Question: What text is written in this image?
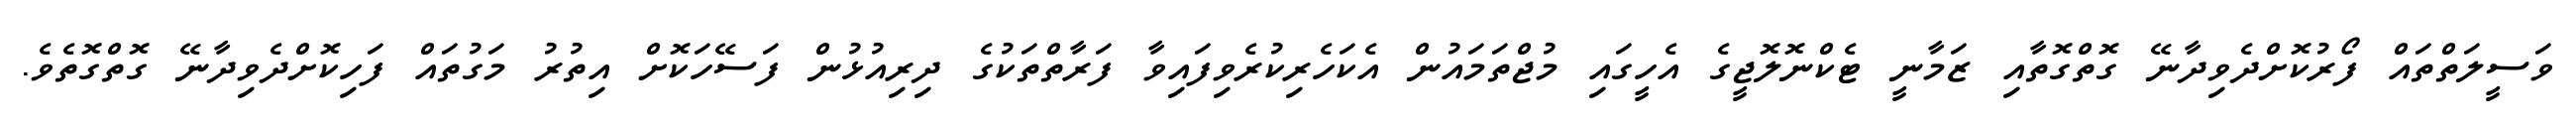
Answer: ވަސީލަތްތައް ފޯރުކޮށްދެވިދާނޭ ގޮތްގޮތާއި ޒަމާނީ ޓެކްނޮލޮޖީގެ އެހީގައި މުޖްތަމައުން އެކަހެރިކުރެވިފައިވާ ފަރާތްތަކުގެ ދިރިއުޅުން ފަސޭހަކޮށް އިތުރު މަގުތައް ފަހިކޮށްދެވިދާނޭ ގޮތްގޮތެވެ.